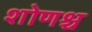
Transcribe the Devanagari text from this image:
शोणश्च